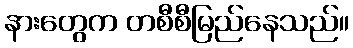
နားတွေက တစီစီမြည်နေသည်။